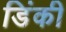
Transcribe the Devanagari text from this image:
डिंकी